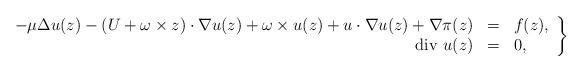
LaTeX: \begin{align*}\left.\begin{array}{rcl}- \mu\Delta u (z) - (U+\omega \times z) \cdot \nabla u (z) + \omega \times u (z) + u \cdot \nabla u(z)+\nabla \pi(z) &= &f(z), \\ \hbox{\rm div } u (z)& =& 0, \end{array}\right\}\end{align*}